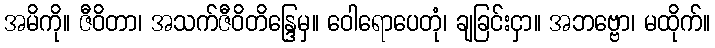
အမိကို။ ဇီဝိတာ၊ အသက်ဇီဝိတိန္ဒြေမှ။ ဝေါရောပေတုံ၊ ချခြင်းငှာ။ အဘဗ္ဗော၊ မထိုက်။